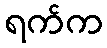
ရက်က